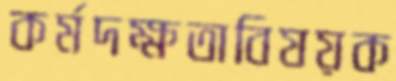
কর্মদক্ষতাবিষয়ক